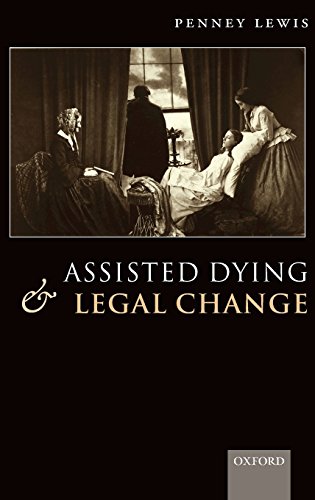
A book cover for Assisted Dying and Legal Change; Penney Lewis; Law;